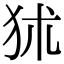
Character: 𤝞